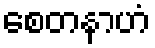
စေတနာဟံ